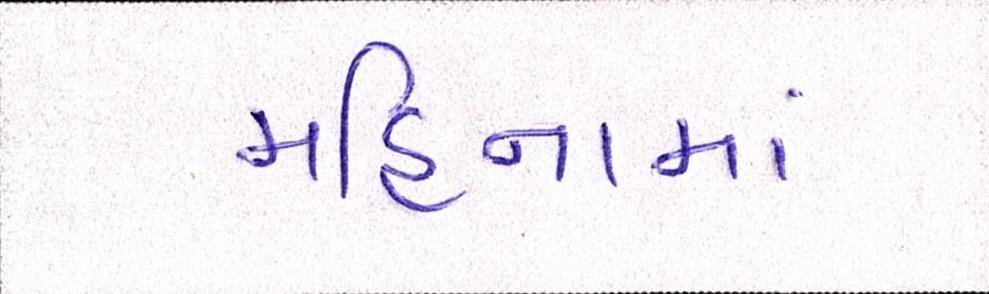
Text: મહિનામાં